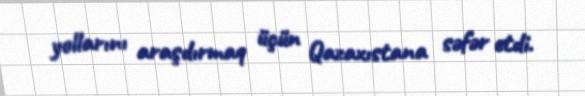
yollarını araşdırmaq üçün Qazaxıstana səfər etdi.